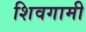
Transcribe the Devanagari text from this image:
शिवगामी